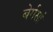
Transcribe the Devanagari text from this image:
बेर्गसां